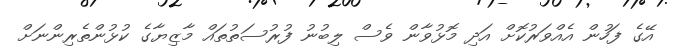
އޭގެ ފަހުން އެއްވަރުކޮށް އަދި މޮޅުވާން ވެސް ލިބުނު ފުރުސަތުތައް މާޒިޔާގެ ކުޅުންތެރިންނަށް